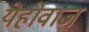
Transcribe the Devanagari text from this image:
येहोवाज